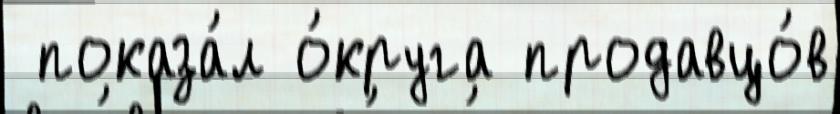
 показа́л о́круга продавцо́в